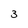
Character: 3